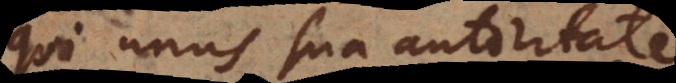
qui unus sua autoritate